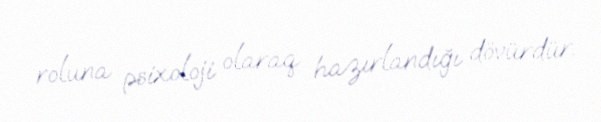
roluna psixoloji olaraq hazırlandığı dövürdür.